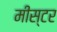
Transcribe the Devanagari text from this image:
मीस्टर